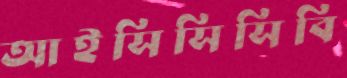
আইসিসিসিবি